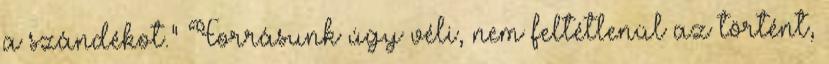
a szándékot.” Forrásunk úgy véli, nem feltétlenül az történt,